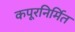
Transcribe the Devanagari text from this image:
कपूरनिर्मित